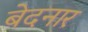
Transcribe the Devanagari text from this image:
बेदनार